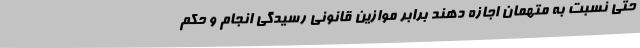
حتی نسبت به متهمان اجازه دهند برابر موازین قانونی رسیدگی انجام و حکم